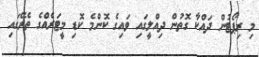
މި ރިޕޯޓުން ދައްކާ ގޮތުން ދިއްލީގައި ވައިގެ ކޮންމެ ކޮޑި މީޓަރެއްގެ ތެރޭގައި